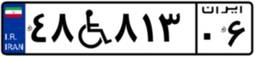
۴۳W۷۹۶۹۱